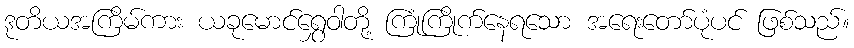
ဒုတိယအကြိမ်ကား ယခုမောင်ရွှေဝါတို့ ကြုံကြိုက်နေရသော အရေးတော်ပုံပင် ဖြစ်သည်။